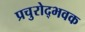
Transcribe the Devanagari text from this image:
प्रचुरोद्भवक